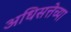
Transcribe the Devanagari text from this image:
अधिसत्तेच्या